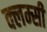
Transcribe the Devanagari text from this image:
क्लम्सी